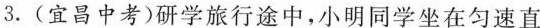
3.(宜昌中考)研学旅行途中，小明同学坐在匀速直